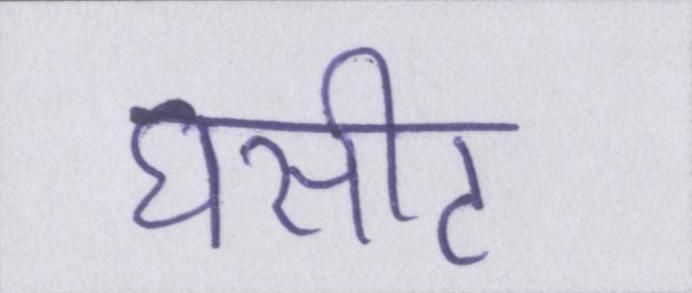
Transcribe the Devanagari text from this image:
घसीट